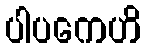
ပါပကေဟိ